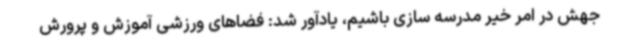
جهش در امر خیر مدرسه سازی باشیم، یادآور شد: فضاهای ورزشی آموزش و پرورش